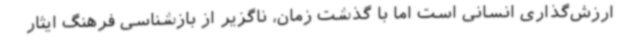
ارزش‌گذاری انسانی است اما با گذشت زمان، ناگزیر از بازشناسی فرهنگ ایثار